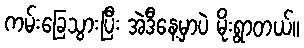
ကမ်းခြေသွားပြီး အဲဒီနေ့မှာပဲ မိုးရွာတယ်။